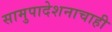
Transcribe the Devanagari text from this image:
सामुपादेशनाचाही